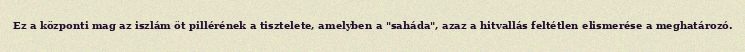
Ez a központi mag az iszlám öt pillérének a tisztelete, amelyben a "saháda", azaz a hitvallás feltétlen elismerése a meghatározó.